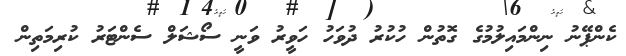
ކެންޕޭނު ނިންމައިލުމުގެ ގޮތުން ހުކުރު ދުވަހު ހަވީރު ވަނީ ސޯޝަލް ސެންޓަރު ކުރިމަތިން